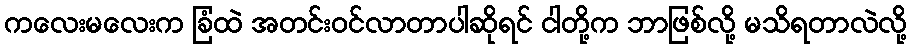
ကလေးမလေးက ခြံထဲ အတင်းဝင်လာတာပါဆိုရင် ငါတို့က ဘာဖြစ်လို့ မသိရတာလဲလို့